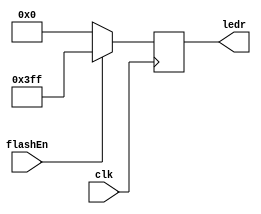
module FlashLights(clk, flashEn, ledr);

	input clk, flashEn;
	output[9:0] ledr;
	
	reg[9:0] ledr;
	
	always @(posedge clk) begin
		if(flashEn)
			ledr[9:0] = 10'b1111111111;
		else
			ledr[9:0] = 10'b0000000000;
	end

endmodule